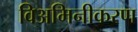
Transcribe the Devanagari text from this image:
विअमिनीकरण